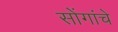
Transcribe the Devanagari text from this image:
सोंगांचे